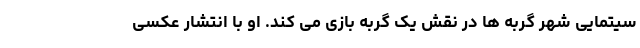
سیتمایی شهر گربه ها در نقش یک گربه بازی می کند. او با انتشار عکسی